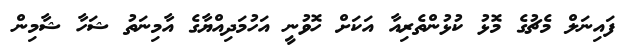
ފައިނަލް މެޗުގެ މޮޅު ކުޅުންތެރިއާ އަކަށް ހޮވުނީ އަހުމަދިއްޔާގެ އާމިނަތު ޝަހާ ޝާމިން